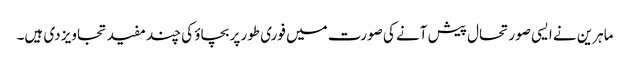
ماہرین نے ایسی صورتحال پیش آنے کی صورت میں فوری طور پر بچاؤ کی چند مفید تجاویز دی ہیں۔